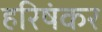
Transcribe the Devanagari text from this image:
हरिषंकर